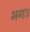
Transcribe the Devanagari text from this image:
भगः।